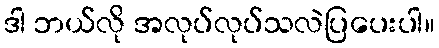
ဒါ ဘယ်လို အလုပ်လုပ်သလဲပြပေးပါ။